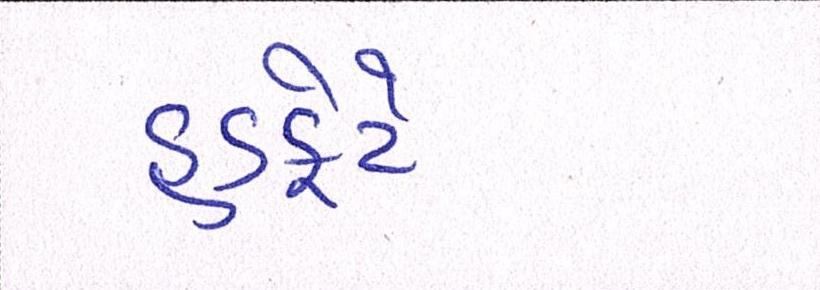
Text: હડફેટે